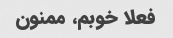
فعلا خوبم، ممنون